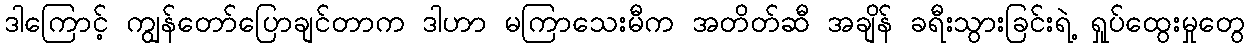
ဒါကြောင့် ကျွန်တော်ပြောချင်တာက ဒါဟာ မကြာသေးမီက အတိတ်ဆီ အချိန် ခရီးသွားခြင်းရဲ့ ရှုပ်ထွေးမှုတွေ